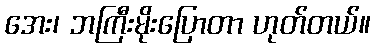
အေး၊ ဘကြီးမိုးပြောတာ ဟုတ်တယ်။